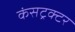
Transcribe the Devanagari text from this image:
कंसट्रक्टर